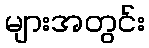
များအတွင်း